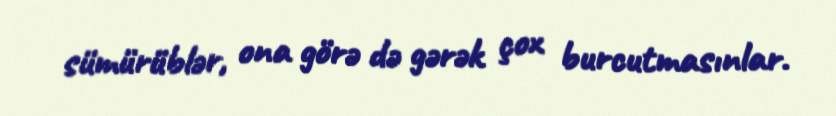
sümürüblər, ona görə də gərək çox burcutmasınlar.